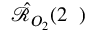
\hat { \mathcal { R } } _ { O _ { 2 } } ( 2 { \it \Delta \phi } )